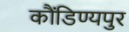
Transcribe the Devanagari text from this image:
कौंडिण्यपुर